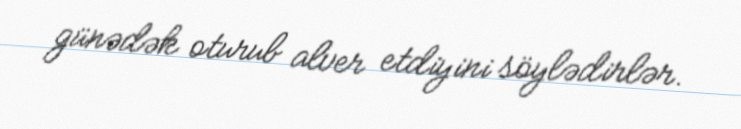
günədək oturub alver etdiyini söylədirlər.